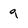
Character: 9